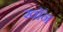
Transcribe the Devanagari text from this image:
खाॅन